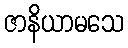
ဇာနိယာမသေ